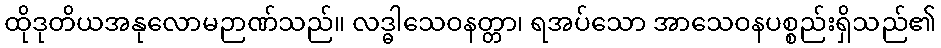
ထိုဒုတိယအနုလောမဉာဏ်သည်။ လဒ္ဓါသေဝနတ္တာ၊ ရအပ်သော အာသေဝနပစ္စည်းရှိသည်၏